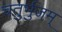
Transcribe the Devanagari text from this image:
चतुर्भुजम्